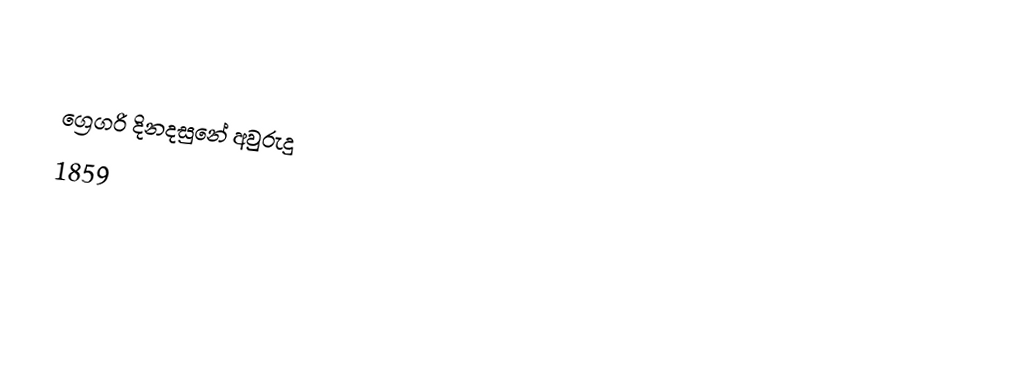

ග්‍රෙගරි දිනදසුනේ අවුරුදු
1859